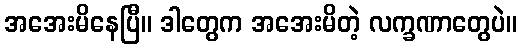
အအေးမိနေပြီ။ ဒါတွေက အအေးမိတဲ့ လက္ခဏာတွေပဲ။